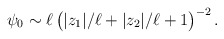
\begin{align*}\psi_0\sim \ell\,\big(|z_1|/\ell+|z_2|/\ell+1\big)^{-2}\,.\end{align*}